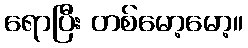
ရောပြီး တစ်မော့မော့။